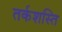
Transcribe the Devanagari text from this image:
तर्कशस्ति